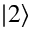
| 2 \rangle